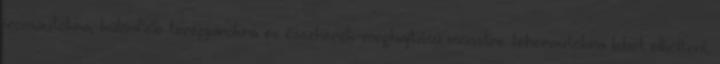
izomautókra, különféle terepjárókra és összkerék-meghajtású monstre teherautókra lehet elkölteni.